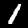
Digit: 1